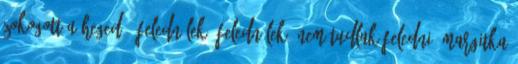
zokogott a hegedű. Felednélek, felednélek, nem tudlak feledni. Margitka